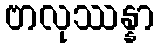
ဗာလုဿန္နာ